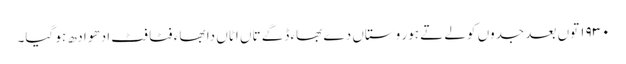
١٩٣٠ توں بعد جدوں کولے تے ہور وستاں دے بھاء ڈگے تاں اٹاں دا بھاء فٹا فٹ ادھو ادھ ہو گیا۔